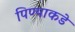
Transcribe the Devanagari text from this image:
पिण्याकडे